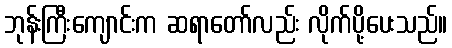
ဘုန်းကြီးကျောင်းက ဆရာတော်လည်း လိုက်ပို့ပေးသည်။